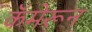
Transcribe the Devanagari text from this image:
कॅमेरून